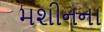
મશીનના